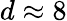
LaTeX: d\approx 8